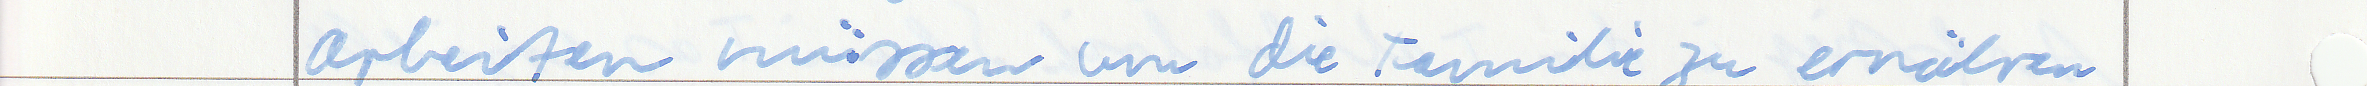
arbeiten müssen um die Familie zu ernähren